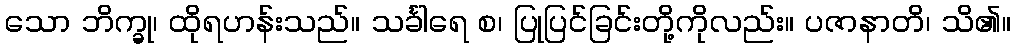
သော ဘိက္ခု၊ ထိုရဟန်းသည်။ သင်္ခါရေ စ၊ ပြုပြင်ခြင်းတို့ကိုလည်း။ ပဇာနာတိ၊ သိ၏။